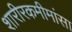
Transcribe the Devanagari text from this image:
शारीरकमीमांसा